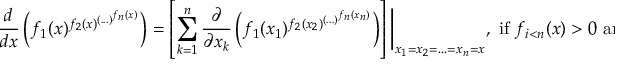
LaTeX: { \frac { d } { d x } } \left( f _ { 1 } ( x ) ^ { f _ { 2 } ( x ) ^ { \left( . . . \right) ^ { f _ { n } ( x ) } } } \right) = \left[ \sum _ { k = 1 } ^ { n } { \frac { \partial } { \partial x _ { k } } } \left( f _ { 1 } ( x _ { 1 } ) ^ { f _ { 2 } ( x _ { 2 } ) ^ { \left( . . . \right) ^ { f _ { n } ( x _ { n } ) } } } \right) \right] { \biggr \vert } _ { x _ { 1 } = x _ { 2 } = . . . = x _ { n } = x } , { \mathrm { ~ i f ~ } } f _ { i < n } ( x ) > 0 { \mathrm { ~ a n d ~ } }